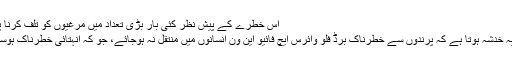
اس خطرے کے پیش نظر کئی بار بڑی تعداد میں مرغیوں کو تلف کرنا پڑتا ہے
عموما یہ خدشہ ہوتا ہے کہ پرندوں سے خطرناک برڈ فلو وائرس ایچ فائیو این ون انسانوں میں منتقل نہ ہوجائے، جو کہ انہتائی خطرناک ہوسکتا ہے۔